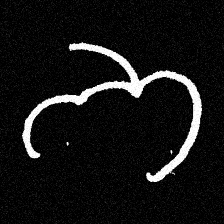
Pyu character \u2014 Myanmar letter: ဘ (romanized: bha)